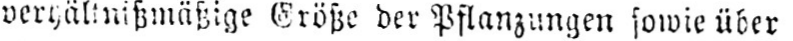
verhältnißmäßige Größe der Pflanzungen sowie über